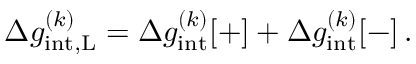
\Delta g _ { \mathrm { i n t , \mathrm { L } } } ^ { ( k ) } = \Delta g _ { \mathrm { i n t } } ^ { ( k ) } [ + ] + \Delta g _ { \mathrm { i n t } } ^ { ( k ) } [ - ] \, .